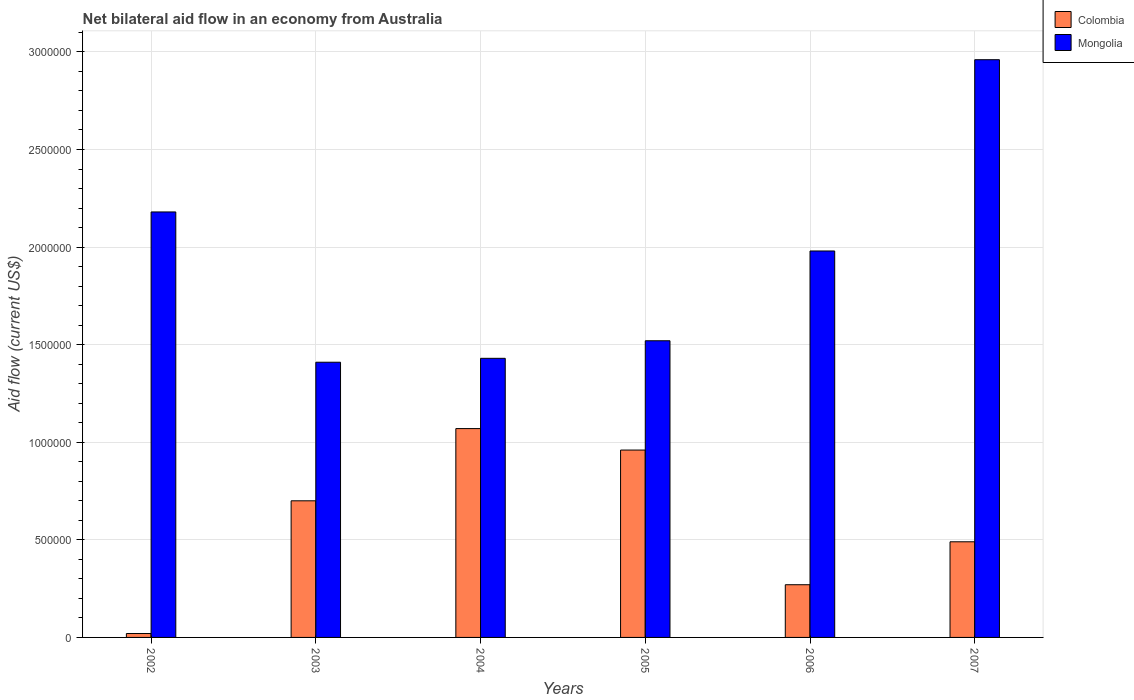
| Years | Colombia | Mongolia |
 | --- | --- | --- |
 | 2002 | 2e+04 | 2.18e+06 |
 | 2003 | 7e+05 | 1.41e+06 |
 | 2004 | 1.07e+06 | 1.43e+06 |
 | 2005 | 9.6e+05 | 1.52e+06 |
 | 2006 | 2.7e+05 | 1.98e+06 |
 | 2007 | 4.9e+05 | 2.96e+06 |